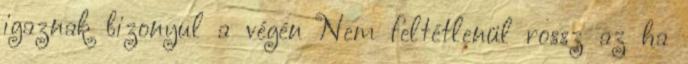
igaznak bizonyul a végén Nem feltétlenül rossz az ha